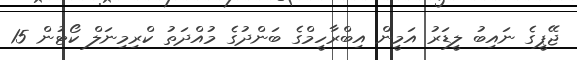
ޖޭޕީގެ ނައިބު ލީޑަރު އަމީން އިބްރާހީމްގެ ބަންދުގެ މުއްދަތު ކްރިމިނަލް ކޯޓުން 15